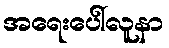
အရေးပေါ်လူနာ